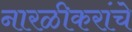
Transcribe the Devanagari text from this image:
नारळीकरांचे